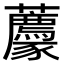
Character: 𧲛